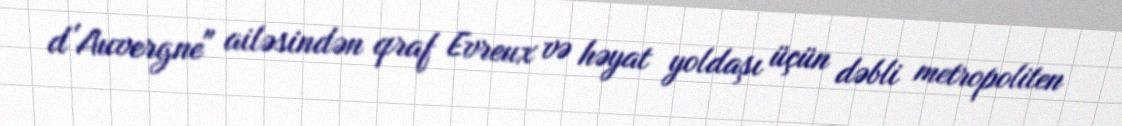
d'Auvergne" ailəsindən qraf Evreux və həyat yoldaşı üçün dəbli metropoliten